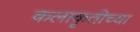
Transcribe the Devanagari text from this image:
कलाकृतीच्या